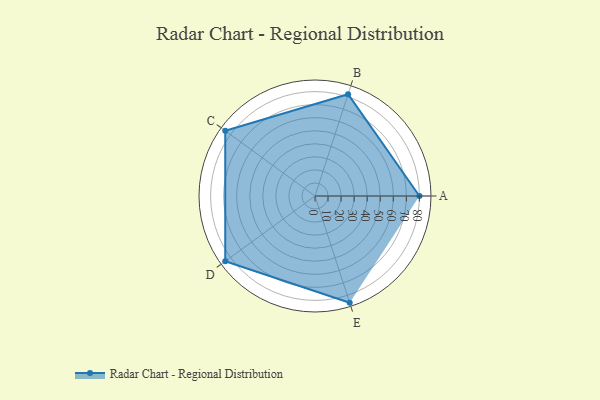
{"axis": {"x": "Skill", "y": "Score"}, "legend": ["Profile"], "data": [{"x": "A", "y": 80.0, "type": "Profile"}, {"x": "B", "y": 82.0, "type": "Profile"}, {"x": "C", "y": 85.0, "type": "Profile"}, {"x": "D", "y": 85.0, "type": "Profile"}, {"x": "E", "y": 86.0, "type": "Profile"}]}